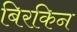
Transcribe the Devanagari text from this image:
बिरकिन